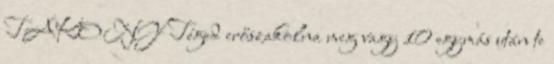
TAKONY Téged erőszakolna meg vagy 10 egymás után te